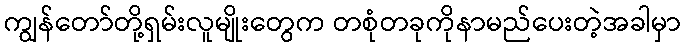
ကျွန်တော်တို့ရှမ်းလူမျိုးတွေက တစုံတခုကိုနာမည်ပေးတဲ့အခါမှာ